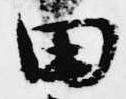
田